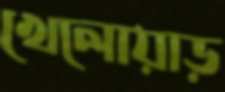
খেলোয়াড়